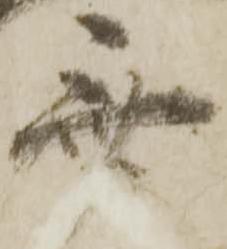
斎